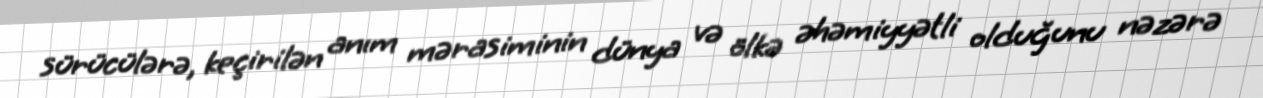
sürücülərə, keçirilən anım mərasiminin dünya və ölkə əhəmiyyətli olduğunu nəzərə